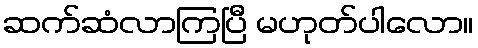
ဆက်ဆံလာကြပြီ မဟုတ်ပါလော။